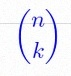
\binom{n}{k}